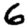
Digit: 6